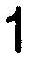
1